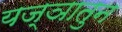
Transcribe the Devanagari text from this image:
यज्ञातुन